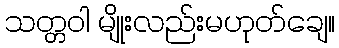
သတ္တဝါ မျိုးလည်းမဟုတ်ချေ။